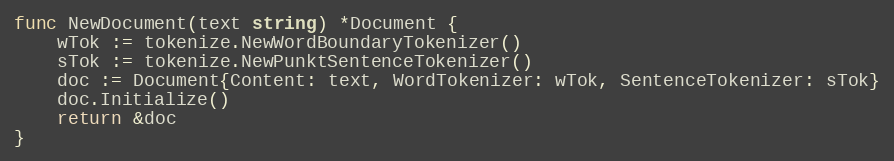
Language: Go
func NewDocument(text string) *Document {
	wTok := tokenize.NewWordBoundaryTokenizer()
	sTok := tokenize.NewPunktSentenceTokenizer()
	doc := Document{Content: text, WordTokenizer: wTok, SentenceTokenizer: sTok}
	doc.Initialize()
	return &doc
}